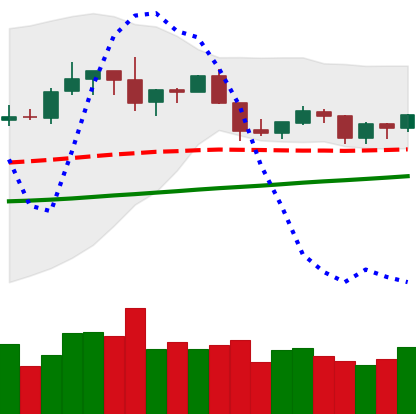
Ticker: XLM-USD
Chart end date: 2019-06-12
Forward return: 3.629%
Label: up_3_5